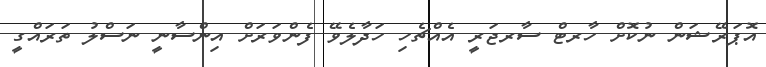
އޮޕަރޭޝަން ނުކޮށް ހާރޓް ސާރޖަރީ އެއްޗެހި ހަދާލެވޭ ފެންވަރަށް އިންސާނީ ނަސްލު ތަރައްގީ